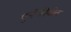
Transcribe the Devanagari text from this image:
पुर्नजीवीत